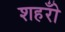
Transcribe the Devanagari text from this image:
शहरोँ